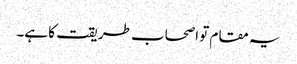
یہ مقام تو اصحاب طریقت کا ہے۔